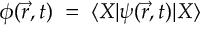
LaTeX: \phi ( \vec { r } , t ) \; = \; \langle X | \psi ( \vec { r } , t ) | X \rangle